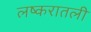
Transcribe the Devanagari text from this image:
लष्करातली